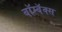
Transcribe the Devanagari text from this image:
बॉम्बॅक्स